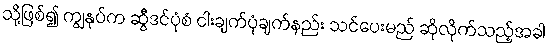
သို့ဖြစ်၍ ကျွနုပ်က ဆွီဒင်ပုံစံ ငါးချက်ပုံချက်နည်း သင်ပေးမည် ဆိုလိုက်သည့်အခါ